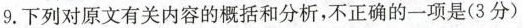
9.下列对原文有关内容的概括和分析，不正确的一项是(3分)